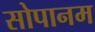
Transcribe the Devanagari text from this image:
सोपानम